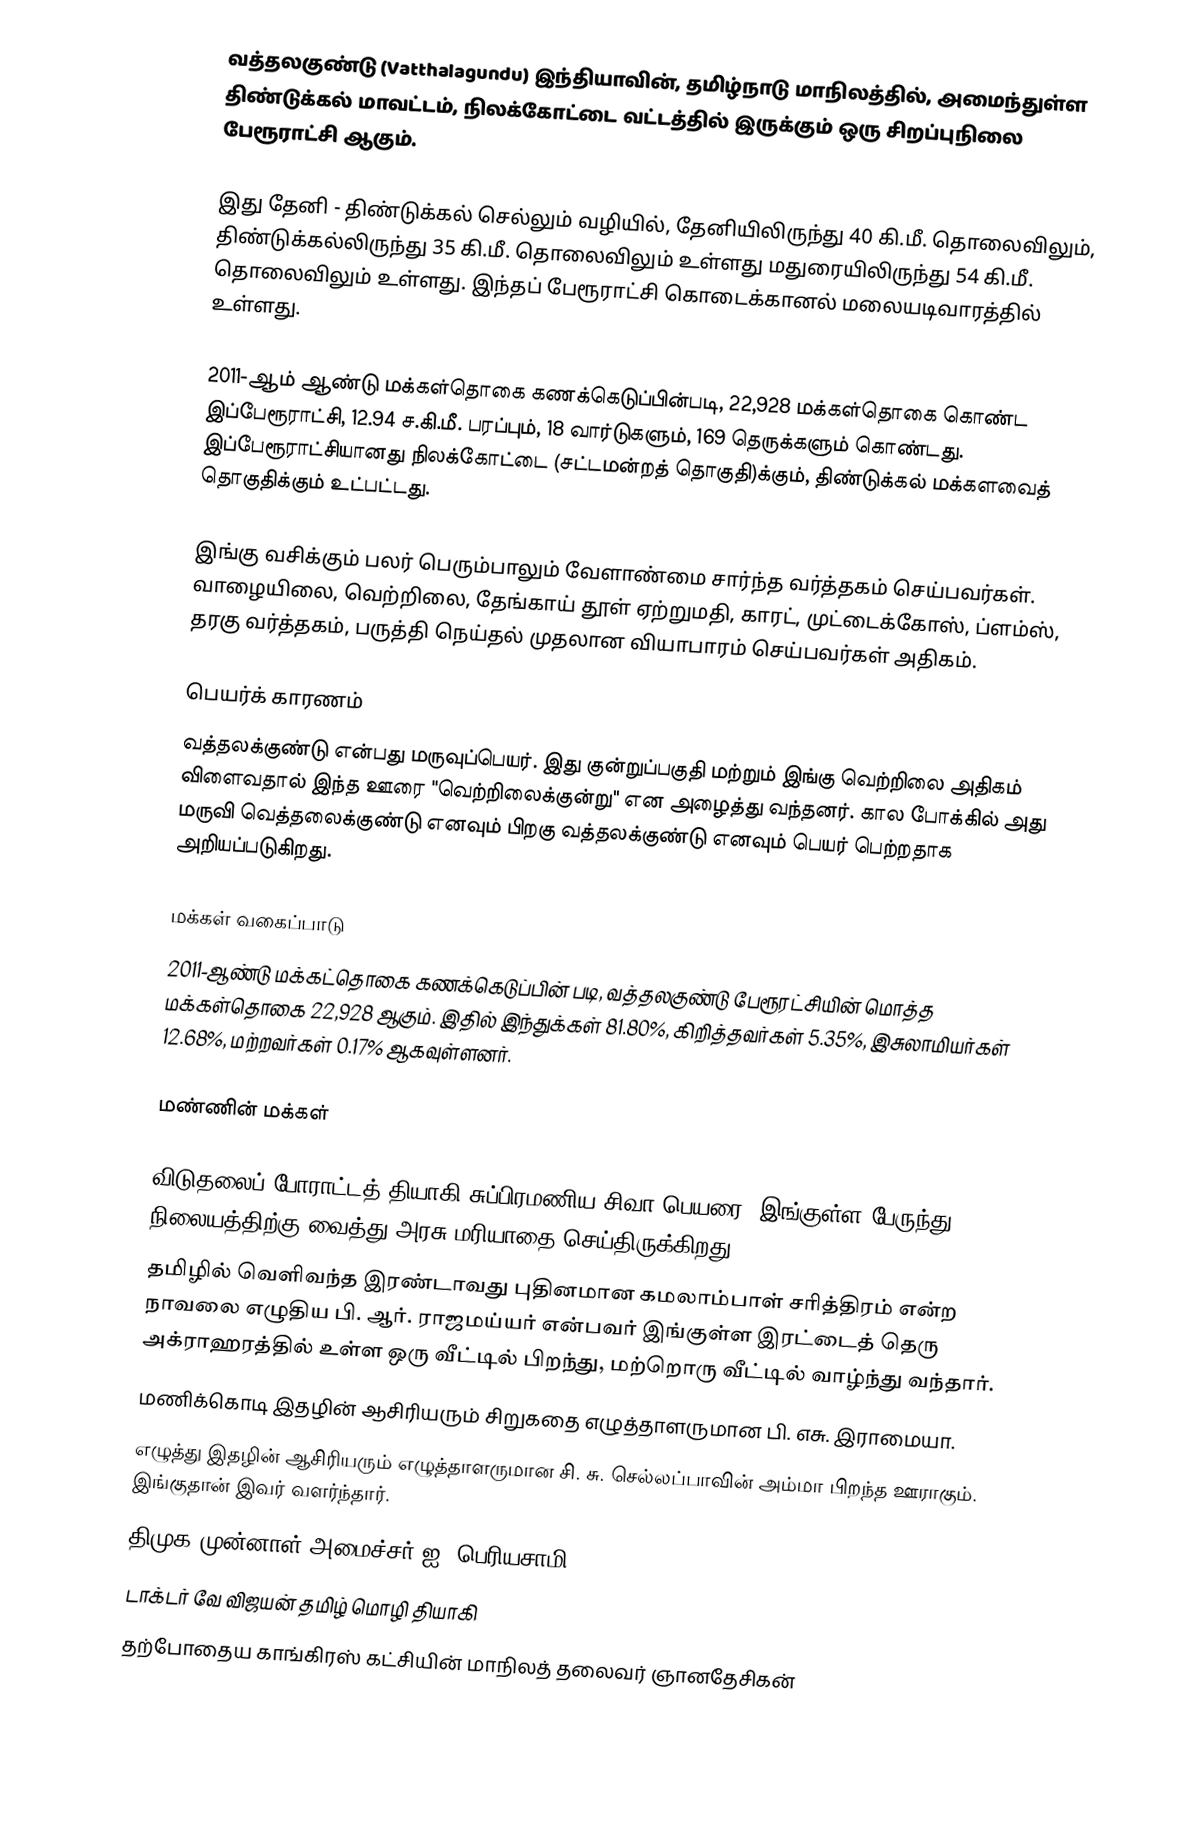
வத்தலகுண்டு (Vatthalagundu) இந்தியாவின், தமிழ்நாடு மாநிலத்தில், அமைந்துள்ள திண்டுக்கல் மாவட்டம், நிலக்கோட்டை வட்டத்தில் இருக்கும் ஒரு சிறப்புநிலை பேரூராட்சி ஆகும்.

இது  தேனி - திண்டுக்கல் செல்லும் வழியில், தேனியிலிருந்து 40 கி.மீ. தொலைவிலும், திண்டுக்கல்லிருந்து 35 கி.மீ. தொலைவிலும் உள்ளது மதுரையிலிருந்து 54 கி.மீ. தொலைவிலும் உள்ளது. இந்தப் பேரூராட்சி கொடைக்கானல் மலையடிவாரத்தில் உள்ளது.

2011-ஆம் ஆண்டு மக்கள்தொகை கணக்கெடுப்பின்படி,  22,928  மக்கள்தொகை கொண்ட இப்பேரூராட்சி, 12.94 ச.கி.மீ. பரப்பும், 18  வார்டுகளும், 169  தெருக்களும் கொண்டது.  இப்பேரூராட்சியானது நிலக்கோட்டை (சட்டமன்றத் தொகுதி)க்கும், திண்டுக்கல் மக்களவைத் தொகுதிக்கும் உட்பட்டது.

இங்கு வசிக்கும் பலர் பெரும்பாலும் வேளாண்மை சார்ந்த வர்த்தகம் செய்பவர்கள். வாழையிலை, வெற்றிலை, தேங்காய் தூள் ஏற்றுமதி, காரட், முட்டைக்கோஸ், ப்ளம்ஸ், தரகு வர்த்தகம், பருத்தி நெய்தல் முதலான வியாபாரம் செய்பவர்கள் அதிகம்.

பெயர்க் காரணம்
வத்தலக்குண்டு என்பது மருவுப்பெயர். இது குன்றுப்பகுதி மற்றும் இங்கு வெற்றிலை அதிகம் விளைவதால் இந்த ஊரை "வெற்றிலைக்குன்று" என அழைத்து வந்தனர். கால போக்கில் அது மருவி வெத்தலைக்குண்டு எனவும் பிறகு வத்தலக்குண்டு எனவும் பெயர் பெற்றதாக அறியப்படுகிறது.

மக்கள் வகைப்பாடு
2011-ஆண்டு மக்கட்தொகை கணக்கெடுப்பின் படி, வத்தலகுண்டு பேரூரட்சியின் மொத்த மக்கள்தொகை 22,928 ஆகும். இதில் இந்துக்கள் 81.80%, கிறித்தவர்கள் 5.35%, இசுலாமியர்கள் 12.68%, மற்றவர்கள் 0.17% ஆகவுள்ளனர்.

மண்ணின் மக்கள்

 விடுதலைப் போராட்டத் தியாகி சுப்பிரமணிய சிவா பெயரை, இங்குள்ள பேருந்து நிலையத்திற்கு வைத்து அரசு மரியாதை செய்திருக்கிறது.
 தமிழில் வெளிவந்த இரண்டாவது புதினமான கமலாம்பாள் சரித்திரம் என்ற நாவலை எழுதிய பி. ஆர். ராஜமய்யர் என்பவர் இங்குள்ள இரட்டைத் தெரு அக்ராஹரத்தில் உள்ள ஒரு வீட்டில் பிறந்து, மற்றொரு வீட்டில் வாழ்ந்து வந்தார்.
 மணிக்கொடி இதழின் ஆசிரியரும் சிறுகதை எழுத்தாளருமான பி. எசு. இராமையா.
 எழுத்து இதழின் ஆசிரியரும் எழுத்தாளருமான சி. சு. செல்லப்பாவின் அம்மா பிறந்த ஊராகும். இங்குதான் இவர் வளர்ந்தார்.
 திமுக முன்னாள் அமைச்சர் ஐ. பெரியசாமி
 டாக்டர் வே விஜயன் தமிழ் மொழி தியாகி
 தற்போதைய காங்கிரஸ் கட்சியின் மாநிலத் தலைவர் ஞானதேசிகன்